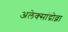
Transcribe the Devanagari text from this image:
अलेक्सांद्रोव्ना